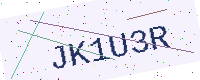
Text: JK1U3R